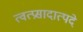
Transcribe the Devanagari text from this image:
त्वत्प्रसादात्पदे